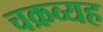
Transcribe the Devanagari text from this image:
चक्रव्यह